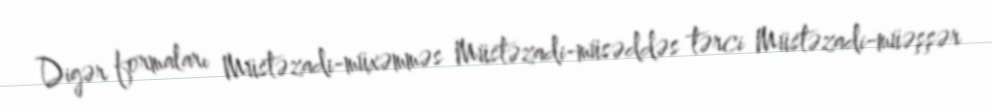
Digər formaları Müstəzadi-müxəmməs Müstəzadi-müsəddəs tərci Müstəzadi-müəşşər